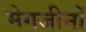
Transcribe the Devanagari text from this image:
मेगजीनों